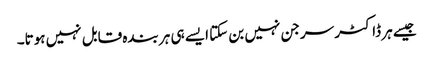
جیسے ہر ڈاکٹر سرجن نہیں بن سکتا ایسے ہی ہر بندہ قابل نہیں ہوتا۔